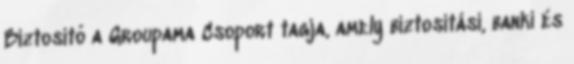
Biztosító a Groupama Csoport tagja, amely biztosítási, banki és